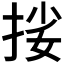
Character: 𢬰